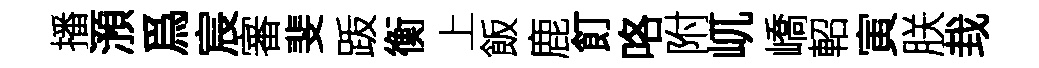
播澦爲宸審斐䟦衡上飯鹿飣咯附屼嶠軺寅朕㘽